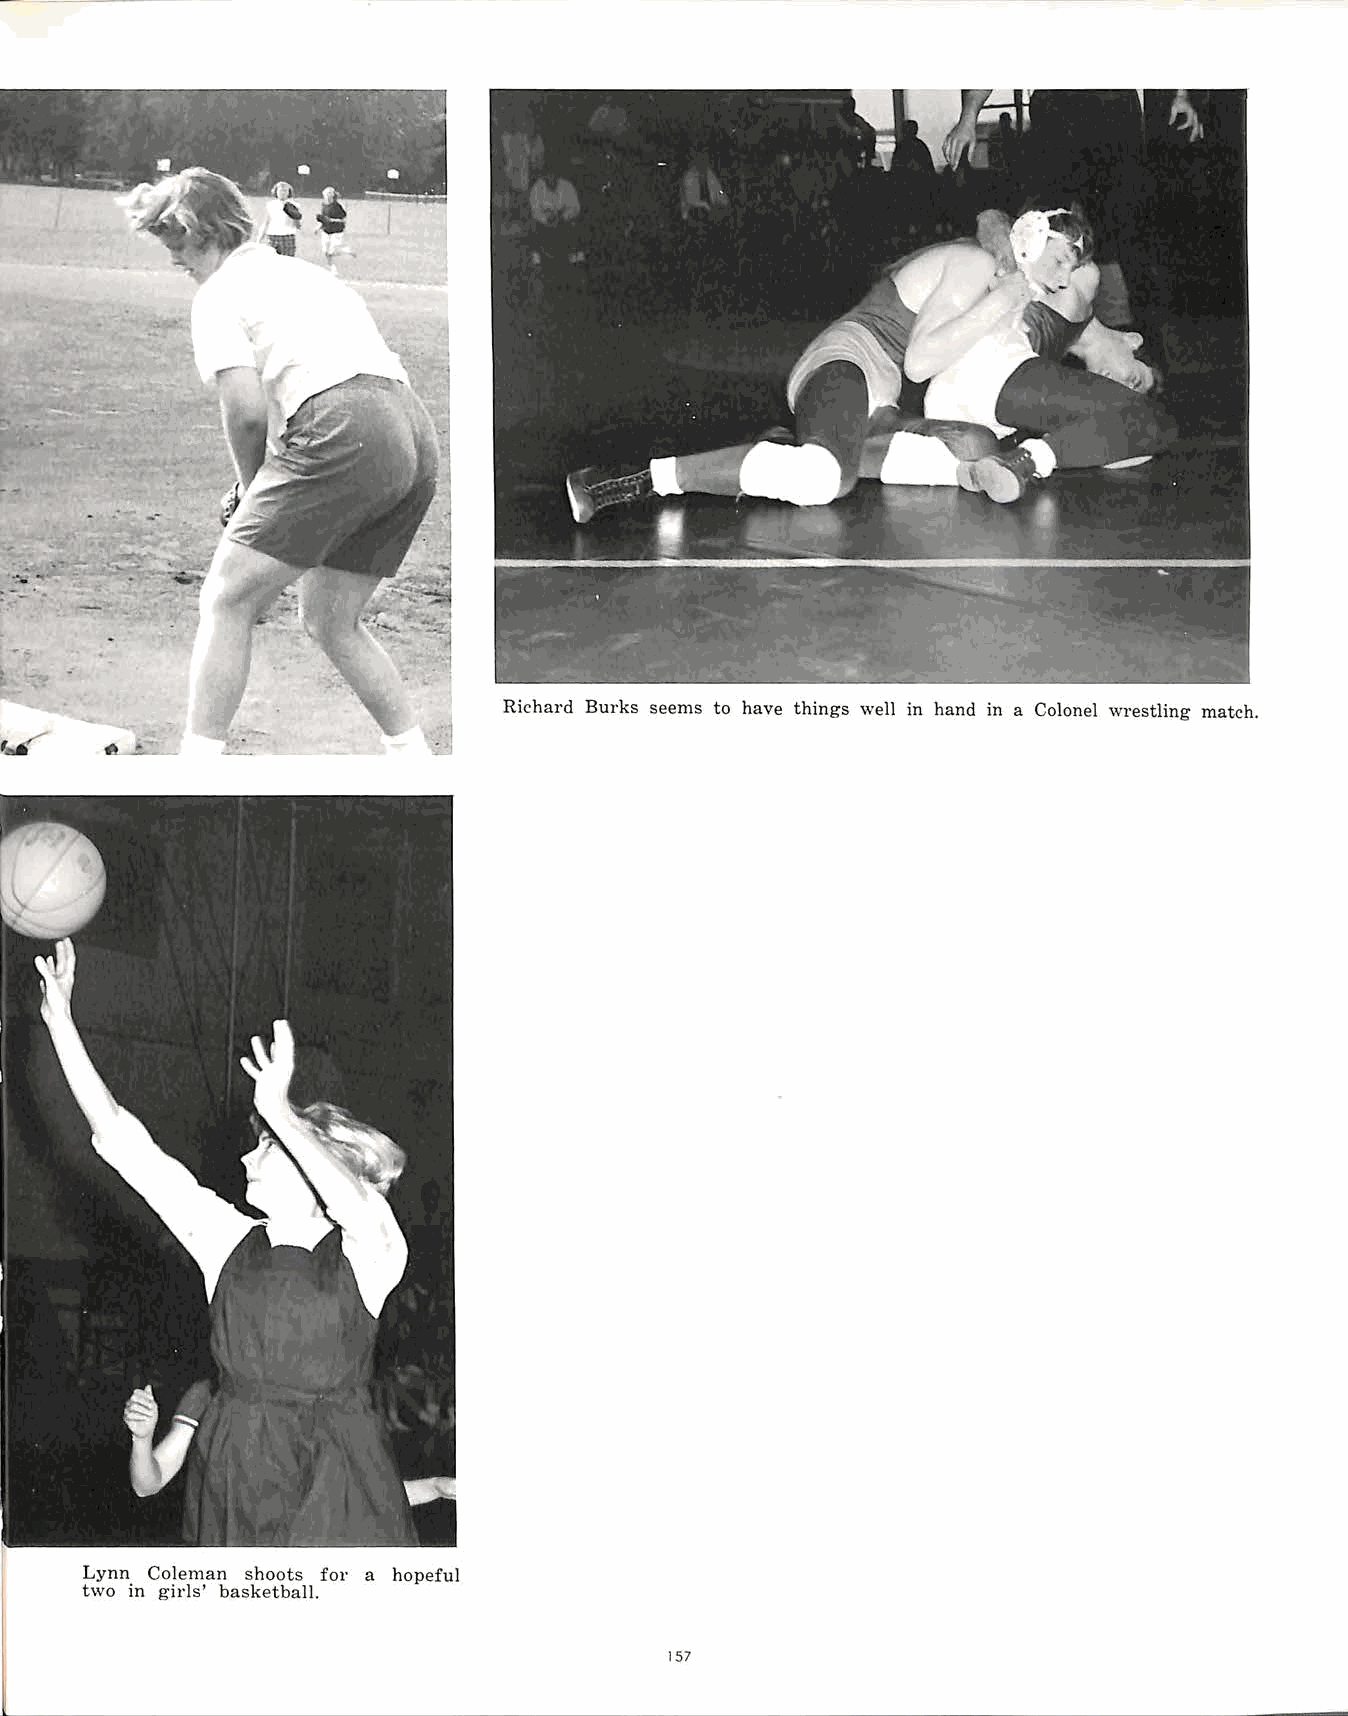
.
 I    ---._ ..,.,. t.
 ....~4. .. .,... , .... ,,
 •  I      .;.
 ,..,,,,._, , ·~ ~ j
 ... ' .• • 0 ..... • 'I V f
 ~:, -·~1. '- , ·~.:_;.. -
 Richard Burks seems to have things well in hand in a Colonel wrestling match.
 Lynn Coleman shoots for a hopeful
 two in girls' basketball.
 157